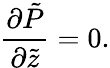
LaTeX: \frac{\partial\tilde{P}}{\partial\tilde{z}}=0.